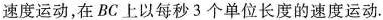
速度运动，在BC上以每秒3个单位长度的速度运动.